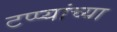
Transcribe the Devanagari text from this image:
टप्प्यांच्या